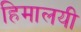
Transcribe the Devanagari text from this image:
हिमालयी